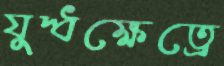
যুদ্ধক্ষেত্রে